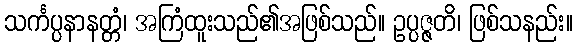
သင်္ကပ္ပနာနတ္တံ၊ အကြံထူးသည်၏အဖြစ်သည်။ ဥပ္ပဇ္ဇတိ၊ ဖြစ်သနည်း။